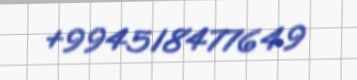
+994518477649